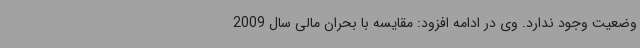
وضعیت وجود ندارد. وی در ادامه افزود: مقایسه با بحران مالی سال 2009